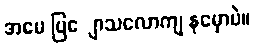
အမေ ပြျောသလောကျ နမှောပဲ။